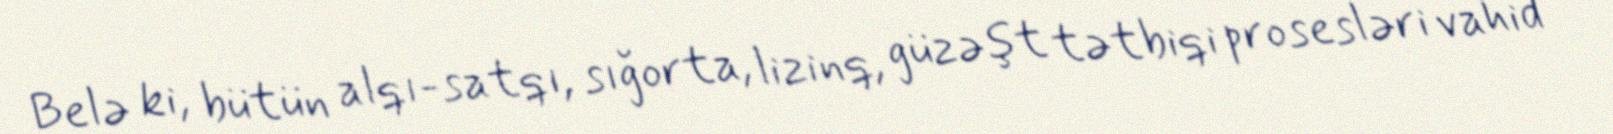
Belə ki, bütün alqı-satqı, sığorta, lizinq, güzəşt tətbiqi prosesləri vahid